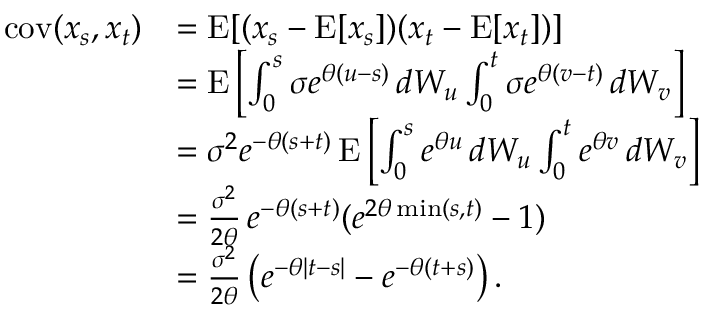
{ \begin{array} { r l } { \operatorname { c o v } ( x _ { s } , x _ { t } ) } & { = \operatorname { E } [ ( x _ { s } - \operatorname { E } [ x _ { s } ] ) ( x _ { t } - \operatorname { E } [ x _ { t } ] ) ] } \\ & { = \operatorname { E } \left[ \int _ { 0 } ^ { s } \sigma e ^ { \theta ( u - s ) } \, d W _ { u } \int _ { 0 } ^ { t } \sigma e ^ { \theta ( v - t ) } \, d W _ { v } \right] } \\ & { = \sigma ^ { 2 } e ^ { - \theta ( s + t ) } \operatorname { E } \left[ \int _ { 0 } ^ { s } e ^ { \theta u } \, d W _ { u } \int _ { 0 } ^ { t } e ^ { \theta v } \, d W _ { v } \right] } \\ & { = { \frac { \sigma ^ { 2 } } { 2 \theta } } \, e ^ { - \theta ( s + t ) } ( e ^ { 2 \theta \operatorname* { m i n } ( s , t ) } - 1 ) } \\ & { = { \frac { \sigma ^ { 2 } } { 2 \theta } } \left( e ^ { - \theta | t - s | } - e ^ { - \theta ( t + s ) } \right) . } \end{array} }